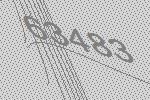
63483